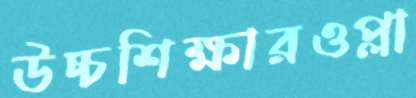
উচ্চশিক্ষারওপ্লা